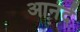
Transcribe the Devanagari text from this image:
आनंदें